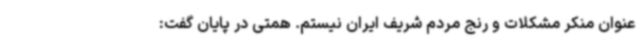
عنوان منکر مشکلات و رنج مردم شریف ایران نیستم. همتی در پایان گفت: